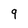
Character: 9